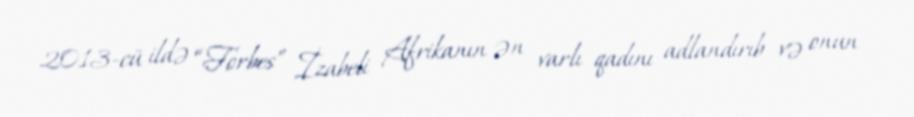
2013-cü ildə “Forbes” İzabeli Afrikanın ən varlı qadını adlandırıb və onun